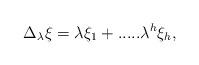
LaTeX: \begin{align*}\Delta_{\lambda} \xi= \lambda {\xi}_1 +..... \lambda^{h} {\xi}_h,\end{align*}